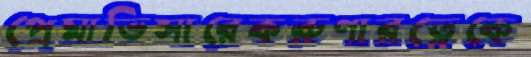
প্রেমাভিসারেকরুণারত্নেকে